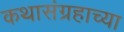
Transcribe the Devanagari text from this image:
कथासंग्रहाच्या